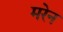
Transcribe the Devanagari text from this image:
मरेन